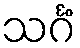
သင်္ဂံ